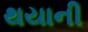
થયાની